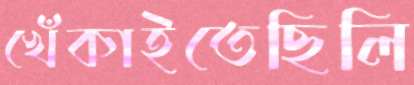
খেঁকাইতেছিলি